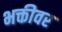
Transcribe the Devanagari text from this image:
भक्तीवर